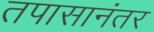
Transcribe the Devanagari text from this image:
तपासानंतर